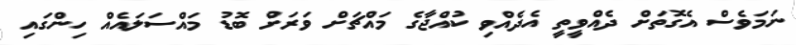
ނަމަވެސް އެގޮތަށް ދެއްވީތީ އެދެއްވި ކުއްޖާގެ މައްޗަށް ވަރަށް ބޮޑު މައްސަލައެއް ހިންގައި